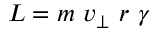
L = m \ v _ { \perp } \ r \ \gamma